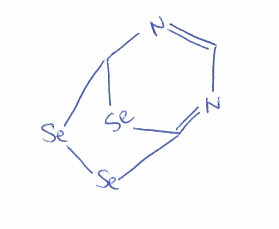
Simplified molecular-input line-entry system (SMILES) notation of the given molecule:
C1=NC2[Se]C(=N1)[Se][Se]2